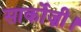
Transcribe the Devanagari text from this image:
सार्कोज़ी।